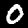
Label: 0